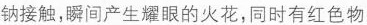
钠接触，瞬间产生耀眼的火花，同时有红色物